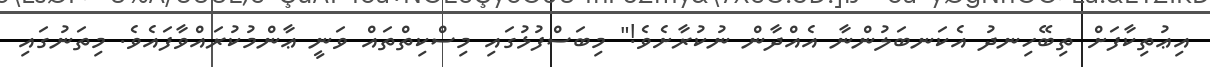
އިޢުތިކާފަށް ތިބޭހިނދު އެކަނބަލުންނާ އެއްދާން ނުކުރާށެވެ!" މިބަސްފުޅުގައި މިސްކިތްތައް ވަނީ ޢާންމުކުރައްވާފައެވެ. މިތަނުގައި